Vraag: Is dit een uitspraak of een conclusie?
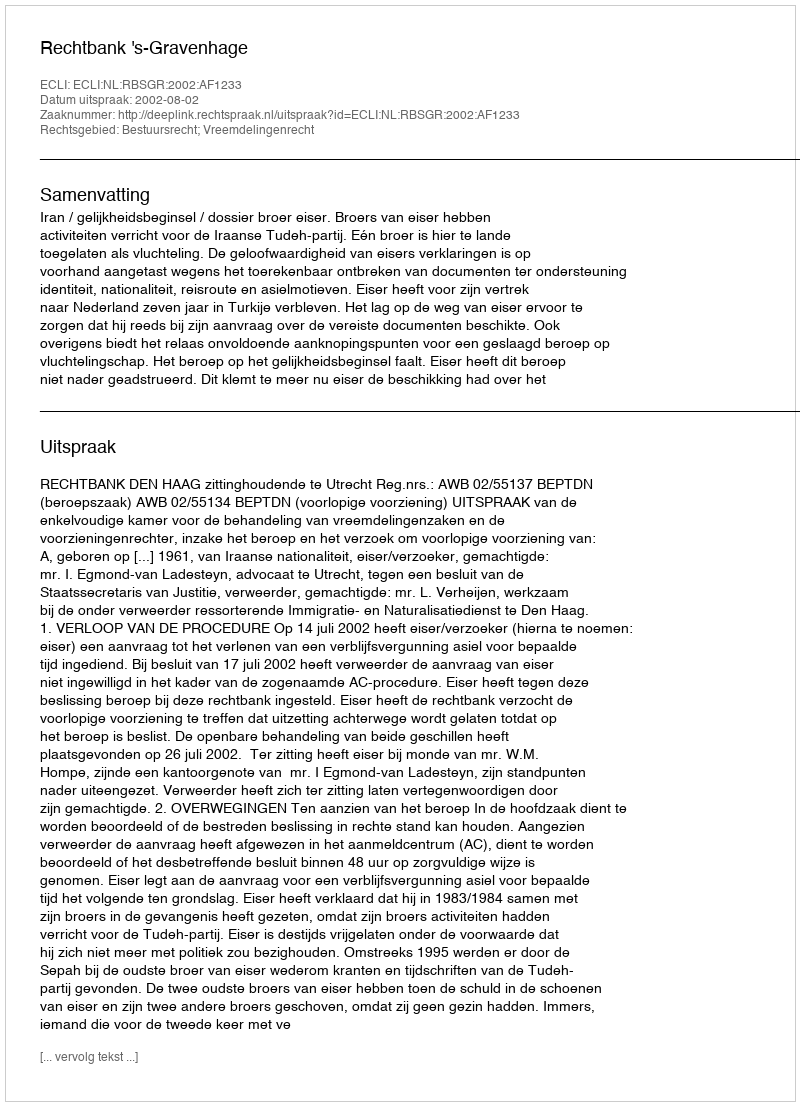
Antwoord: Uitspraak